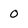
Character: o